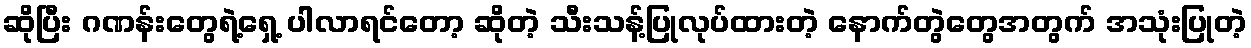
ဆိုပြီး ဂဏန်းတွေရဲ့ရှေ့ ပါလာရင်တော့ ဆိုတဲ့ သီးသန့်ပြုလုပ်ထားတဲ့ နောက်တွဲတွေအတွက် အသုံးပြုတဲ့